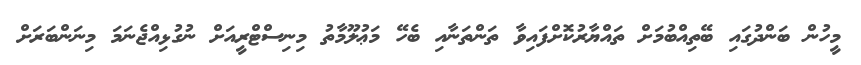
މީހުން ބަންދުގައި ބޭތިއްބުމަށް ތައްޔާރުކޮށްފައިވާ ތަންތަނާއި ބެހޭ މަޢުލޫމާތު މިނިސްޓްރީއަށް ނުގުޅިއްޖެނަމަ މިނަންބަރަށް